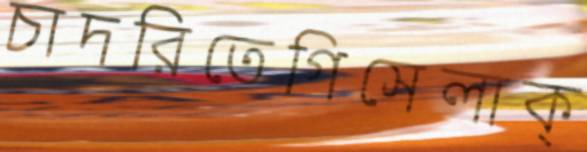
চাদরিতেগিসেলাক্